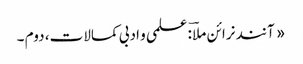
« آنند نرائن ملاؔ : علمی و ادبی کمالات، دوم ۔